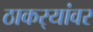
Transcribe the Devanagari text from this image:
ठाकर्‍यांवर